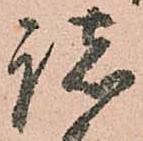
諸